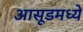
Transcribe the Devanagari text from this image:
आसूडमध्ये